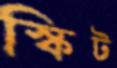
স্কিট